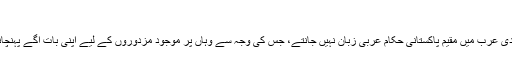
‘
ان کا کہنا تھا کہ سعودی عرب میں مقیم پاکستانی حکام عربی زبان نہیں جانتے، جس کی وجہ سے وہاں پر موجود مزدوروں کے لیے اپنی بات آگے پہنچانے دشواری ہوتی ہے۔